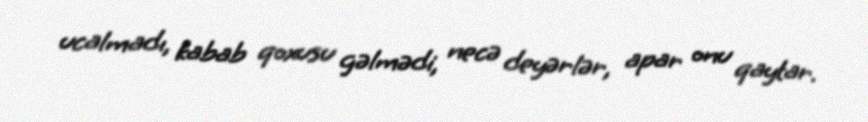
ucalmadı, kabab qoxusu gəlmədi, necə deyərlər, apar onu qaytar.